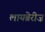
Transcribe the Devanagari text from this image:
लायब्रेरीज़